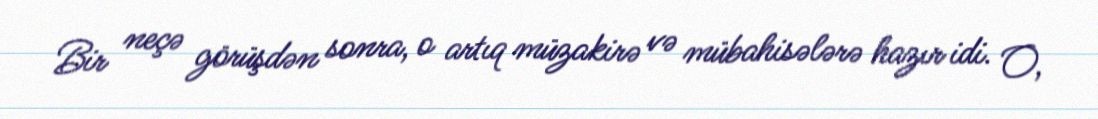
Bir neçə görüşdən sonra, o artıq müzakirə və mübahisələrə hazır idi. O,